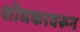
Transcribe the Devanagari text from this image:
शोधकावरून